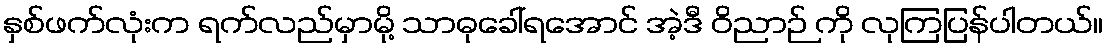
နှစ်ဖက်လုံးက ရက်လည်မှာမို့ သာဓုခေါ်ရအောင် အဲ့ဒီ ဝိညာဉ် ကို လုကြပြန်ပါတယ်။